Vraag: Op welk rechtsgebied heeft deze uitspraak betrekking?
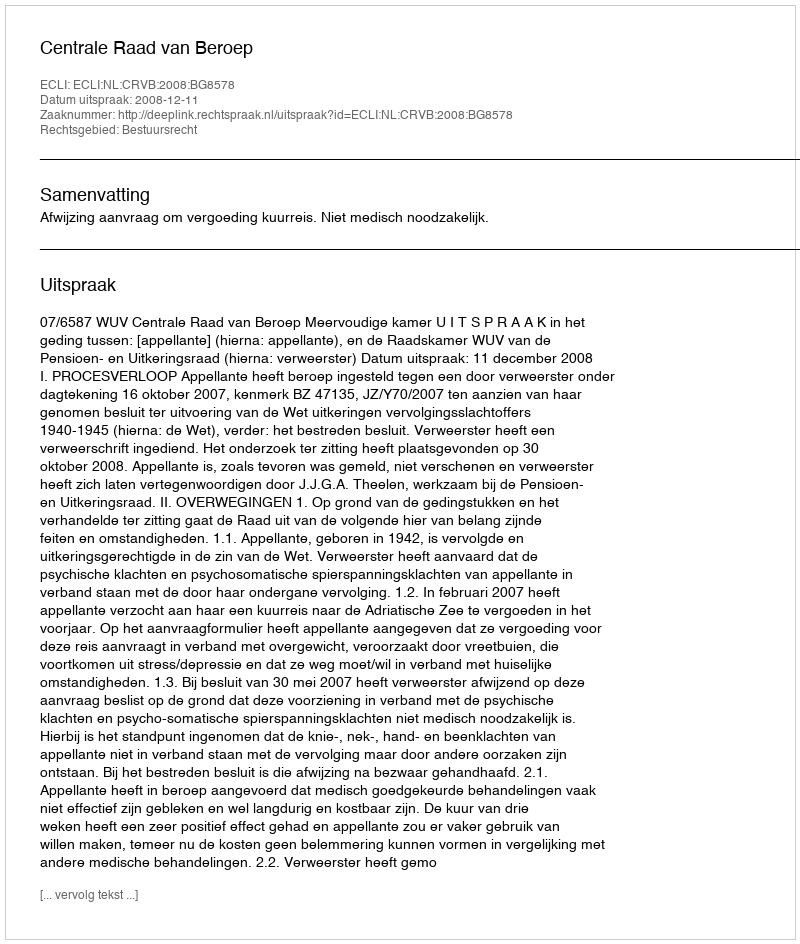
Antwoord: Bestuursrecht